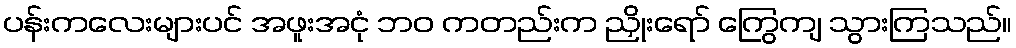
ပန်းကလေးများပင် အဖူးအငုံ ဘဝ ကတည်းက ညှိုးရော် ကြွေကျ သွားကြသည်။